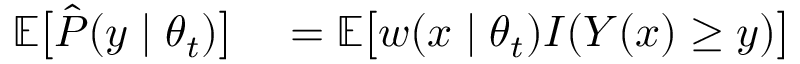
\begin{array} { r l } { \mathbb E \big [ \hat { P } ( y \mid \theta _ { t } ) \big ] } & { { } = \mathbb E \big [ w ( x \mid \theta _ { t } ) I ( Y ( x ) \ge y ) \big ] } \end{array}